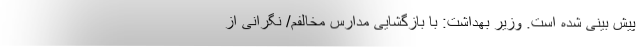
پیش بینی شده است. وزیر بهداشت: با بازگشایی مدارس مخالفم/ نگرانی از